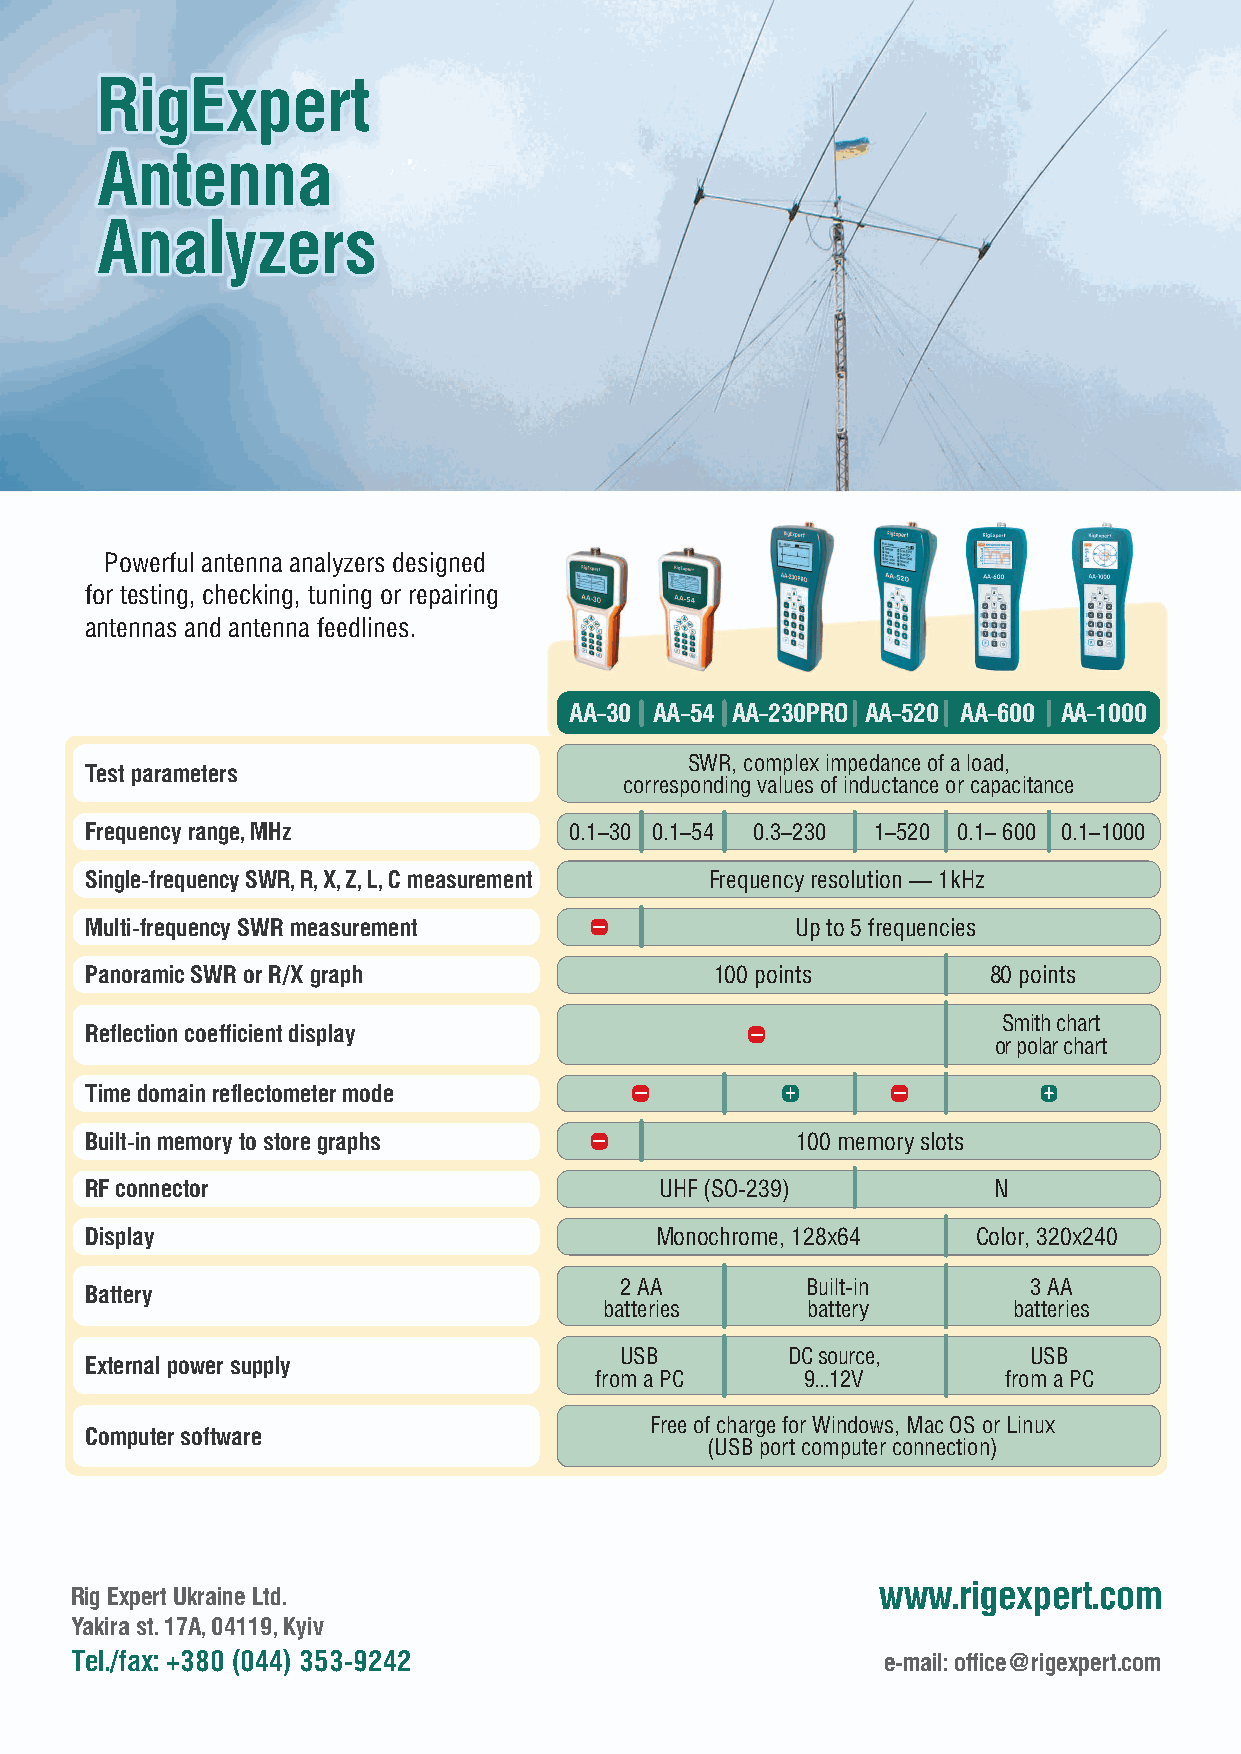
RigExpert
 Antenna
 Analyzers
 Powerful antenna analyzers designed
 for testing, checking, tuning or repairing
 antennas and antenna feedlines.
 AA–30 AA–54 AA–230PRO AA–520 AA–600 AA–1000
 SWR, complex impedance of a load,
 Test parameters
 corresponding values of inductance or capacitance
 Frequency range, MHz            0.1–30 0.1–54 0.3–230 1–520 0.1– 600 0.1–1000
 Single-frequency SWR, R, X, Z, L, C measurement Frequency resolution — 1kHz
 Multi-frequency SWR measurement                Up to 5 frequencies
 Panoramic SWR or R/X graph               100 points        80 points
 Smith chart
 Reflection coefficient display
 or polar chart
 Time domain reflectometer mode
 Built-in memory to store graphs                100 memory slots
 RF connector                          UHF (SO-239)          N
 Display                              Monochrome, 128x64    Color, 320x240
 2 AA        Built-in       3 AA
 Battery
 batteries    battery       batteries
 USB        DC source,      USB
 External power supply
 from a PC     9...12V      from a PC
 Free of charge for Windows, Mac OS or Linux
 Computer software
 (USB port computer connection)
 www.rigexpert.com
 Rig Expert Ukraine Ltd.
 Yakira st. 17A, 04119, Kyiv
 Tel./fax: +380 (044) 353-9242                        e-mail: office@rigexpert.com